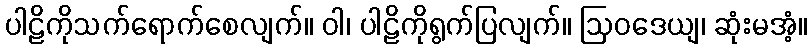
ပါဠိကိုသက်ရောက်စေလျက်။ ဝါ၊ ပါဠိကိုရွက်ပြလျက်။ ဩဝဒေယျ၊ ဆုံးမအံ့။